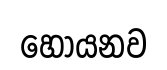
හොයනව